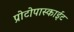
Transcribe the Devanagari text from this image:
प्रोटोपास्काईट